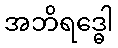
အဘိရဒ္ဓေါ